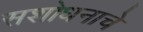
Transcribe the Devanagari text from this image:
सशोधनाचे